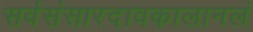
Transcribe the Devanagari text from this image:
सर्वसंसारदावकालानलं